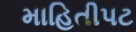
માહિતીપટ